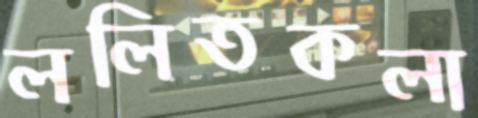
ললিতকলা